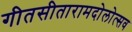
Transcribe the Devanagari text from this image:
गीतसीतारामदोलोत्सव